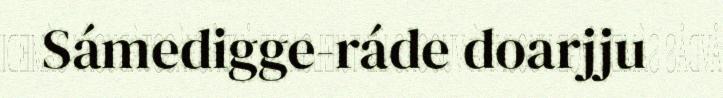
Sámedigge-ráde doarjju